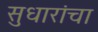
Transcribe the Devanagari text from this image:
सुधारांचा